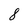
Character: 8